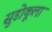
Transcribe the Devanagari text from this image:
सुडोकूला